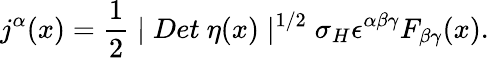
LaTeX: j^{\alpha}(x)=\frac 12\mid Det\ \eta(x)\mid^{1/2}\sigma_{H}\epsilon^{\alpha\beta\gamma}F_{\beta\gamma}(x).